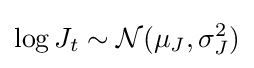
\log J_{t}\sim {\mathcal {N}}(\mu _{J},\sigma _{J}^{2})